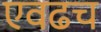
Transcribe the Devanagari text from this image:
एवढच